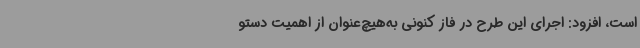
است، افزود: اجرای این طرح در فاز کنونی به‌هیچ‌عنوان از اهمیت دستو